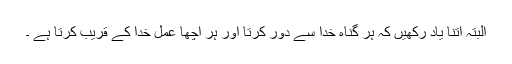
البتہ اتنا یاد رکھیں کہ ہر گناہ خدا سے دور کرتا اور ہر اچھا عمل خدا کے قریب کرتا ہے ۔